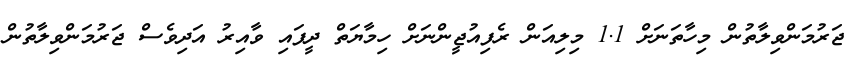
ޖަރުމަންވިލާތުން މިހާތަނަށް 1.1 މިލިއަން ރެފިއުޖީންނަށް ހިމާޔަތް ދީފައި ވާއިރު އަދިވެސް ޖަރުމަންވިލާތުން